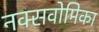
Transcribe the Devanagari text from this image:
नक्सवोमिका